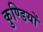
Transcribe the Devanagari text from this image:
कुण्डियों